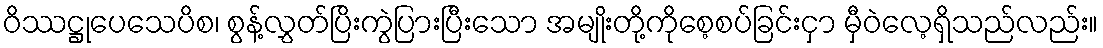
ဝိဿဋ္ဌုပေသေပိစ၊ စွန့်လွှတ်ပြိးကွဲပြားပြီးသော အမျိုးတို့ကိုစေ့စပ်ခြင်းငှာ မှီဝဲလေ့ရှိသည်လည်း။